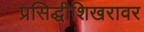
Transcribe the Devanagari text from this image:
प्रसिद्धीशिखरावर